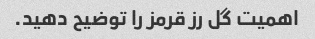
اهمیت گل رز قرمز را توضیح دهید.